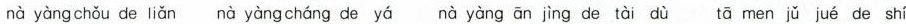
nà yàng chǒu de liǎn nà yàng cháng deyá nà yàng ān jìng de tài dù tā men jǔ jué de shí